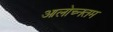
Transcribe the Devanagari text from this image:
आलोच्नतम